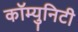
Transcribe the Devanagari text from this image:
कॉम्युनिटी